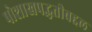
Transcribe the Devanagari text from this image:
पोशाखपद्धतीबद्दल